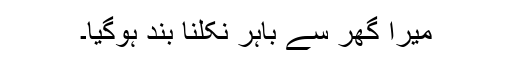
میرا گھر سے باہر نکلنا بند ہوگیا۔